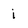
Character: i